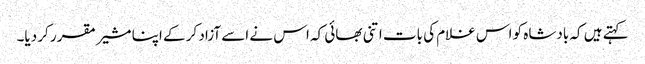
کہتے ہیں کہ بادشاہ کو اس غلام کی بات اتنی بھائی کہ اس نے اسے آزاد کر کے اپنا مشیر مقرر کر دیا۔